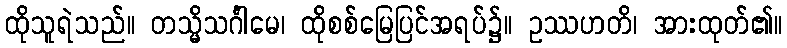
ထိုသူရဲသည်။ တသ္မိသင်္ဂါမေ၊ ထိုစစ်မြေပြင်အရပ်၌။ ဥဿဟတိ၊ အားထုတ်၏။